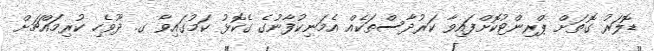
ޑޮލަރު ގޮތަށް ޕްރިންޓުކޮށްފައިވާ ކަރުދާސްތަކެއް އެމަނިކުފާނުގެ ގެކޮޅު ކަމުގައިވާ ގ. ދޫވެހި ކުރިމައްޗަށް